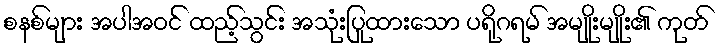
စနစ်များ အပါအဝင် ထည့်သွင်း အသုံးပြုထားသော ပရိုဂရမ် အမျိုးမျိုး၏ ကုတ်